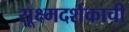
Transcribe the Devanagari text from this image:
सूक्ष्मदर्शकाची